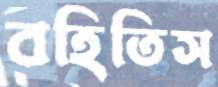
বহিতিস